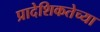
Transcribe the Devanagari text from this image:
प्रादेशिकतेच्या